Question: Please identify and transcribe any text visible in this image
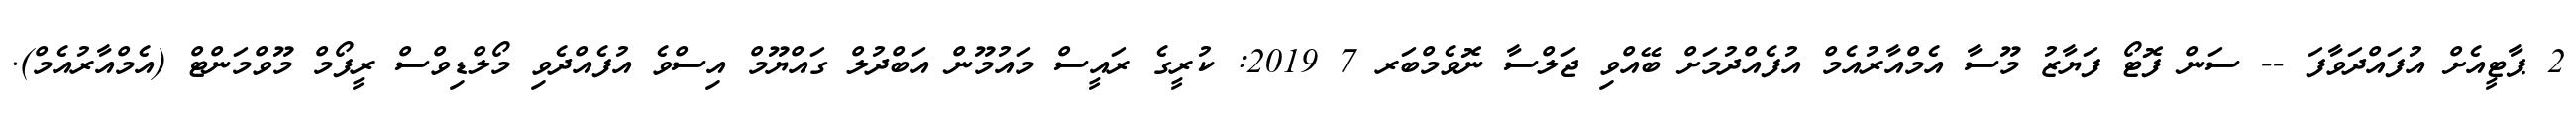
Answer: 2 ޕާޓީއެށް އުފައްދަވާފަ -- ސަން ފޮޓޯ ފަޔާޒު މޫސާ އެމްއާރުއެމް އުފެއްދުމަށް ބޭއްވި ޖަލްސާ ނޮވެމްބަރ 7 2019: ކުރީގެ ރައީސް މައުމޫން އަބްދުލް ގައްޔޫމް އިސްވެ އުފެއްދެވި މޯލްޑިވްސް ރީފޯމް މޫވްމަންޓް (އެމްއާރުއެމް).